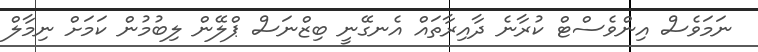
ނަމަވެސް އިންވެސްޓް ކުރާނެ ދާއިރާތައް އެނގޭނީ ބިޒްނަސް ޕްލޭން ލިބުމުން ކަމަށް ނިމާލް